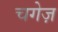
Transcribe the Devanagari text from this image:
चगेज़